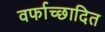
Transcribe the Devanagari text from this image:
वर्फाच्‍छादित